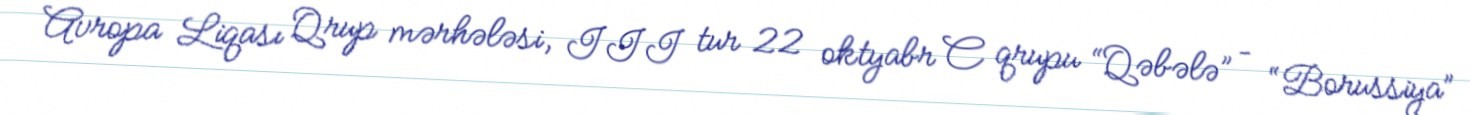
Avropa Liqası Qrup mərhələsi, III tur 22 oktyabr C qrupu “Qəbələ” – “Borussiya”